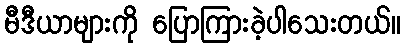
မီဒီယာများကို ပြောကြားခဲ့ပါသေးတယ်။